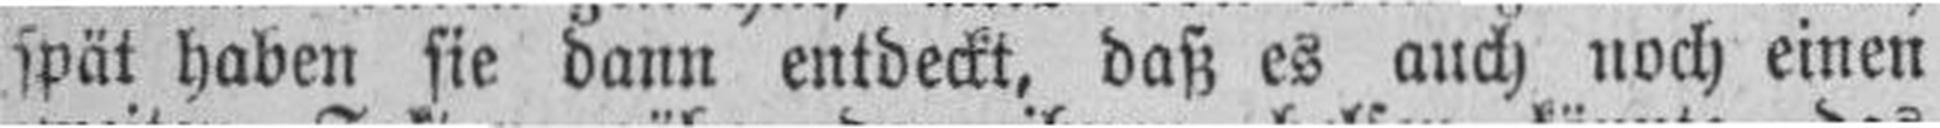
spät haben sie dann entdeckt, daß es auch noch einen